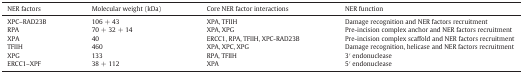
<table><thead><tr><td><b>NER factors</b></td><td><b>Molecular weight (kDa)</b></td><td><b>Core NER factor interactions</b></td><td><b>NER function</b></td></tr></thead><tbody><tr><td>XPC–RAD23B</td><td>106 + 43</td><td>XPA, TFIIH</td><td>Damage recognition and NER factors recruitment</td></tr><tr><td>RPA</td><td>70 + 32 + 14</td><td>XPA, XPG</td><td>Pre-incision complex anchor and NER factors recruitment</td></tr><tr><td>XPA</td><td>40</td><td>ERCC1, RPA, TFIIH, XPC-RAD23B</td><td>Pre-incision complex scaffold and NER factors recruitment</td></tr><tr><td>TFIIH</td><td>460</td><td>XPA, XPC, XPG</td><td>Damage recognition, helicase and NER factors recruitment</td></tr><tr><td>XPG</td><td>133</td><td>RPA, TFIIH</td><td>3′ endonuclease</td></tr><tr><td>ERCC1–XPF</td><td>38 + 112</td><td>XPA</td><td>5′ endonuclease</td></tr></tbody></table>